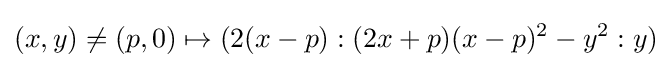
(x,y)\neq (p,0)\mapsto (2(x-p):(2x+p)(x-p)^{2}-y^{2}:y)